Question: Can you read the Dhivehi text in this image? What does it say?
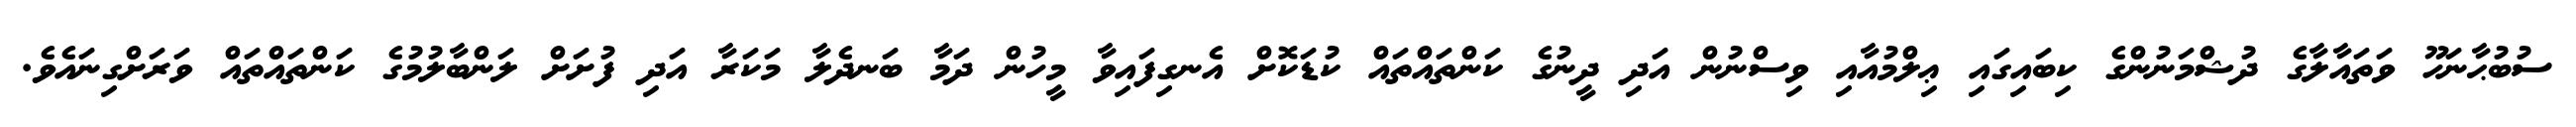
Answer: ސުބުޙާނަހޫ ވަތައާލާގެ ދުޝްމަނުންގެ ކިބައިގައި ޢިލްމުއާއި ވިސްނުން އަދި ދީނުގެ ކަންތައްތައް ކުޑަކޮށް އެނގިފައިވާ މީހުން ދަމާ ބަނދެލާ މަކަރާ އަދި ފުށަށް ލަންބާލުމުގެ ކަންތައްތައް ވަރަށްގިނައެވެ.